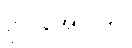
ဗိုလ်အောင်ဒင်